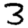
Digit: 3